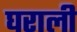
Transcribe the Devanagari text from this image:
घराली